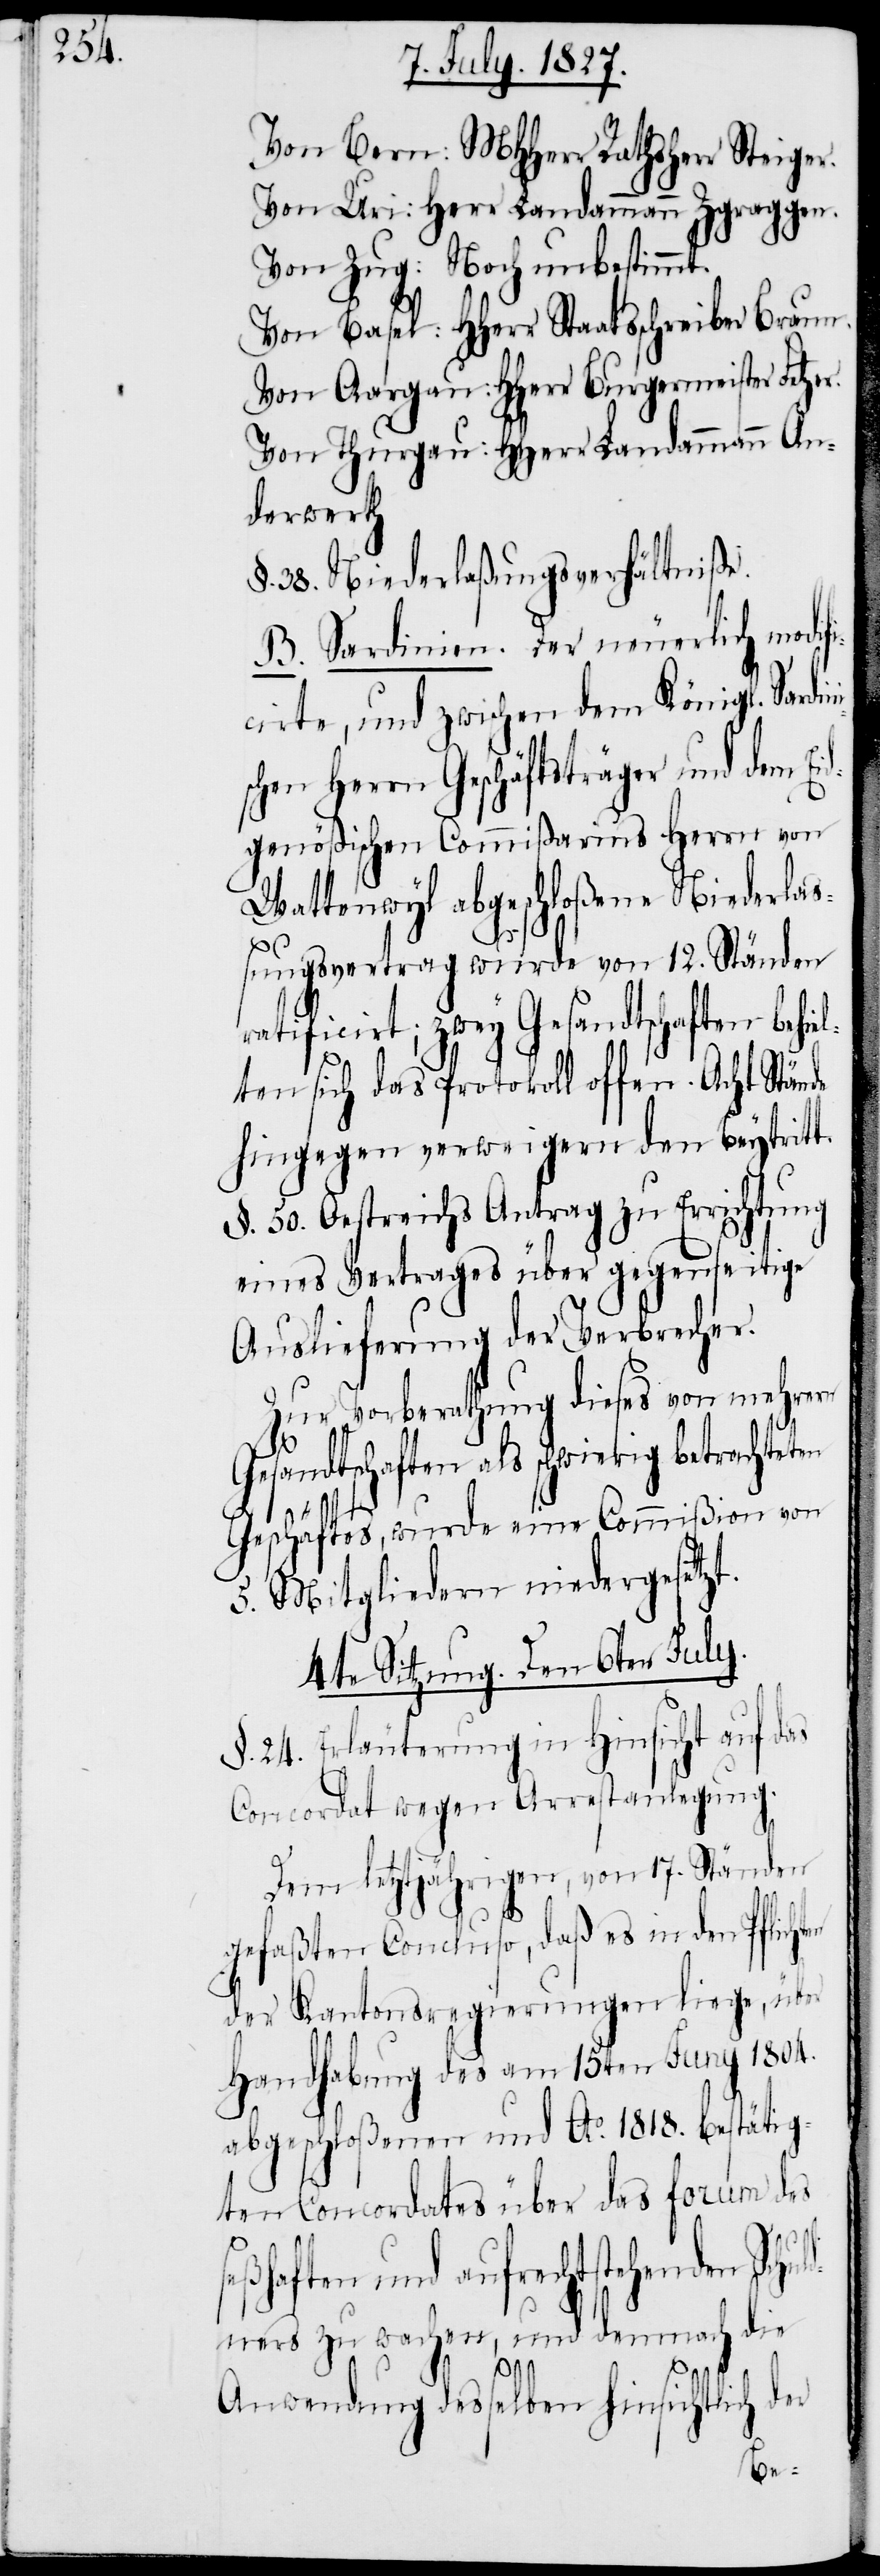
Von Bern: MHHerr Rathsherr Steiger.
Von Uri: Herr Landammann Zgraggen.
Von Zug: Noch unbestimmt.
Von Basel: HHerr Staatsschreiber Braun.
Von Aargau: HHerr Burgermeister Fetze¬
Von Thurgau: HHerr Landammann An¬
derwerth
§. 38. Niederlaßungsverhältniße.
B. Sardinien: Der neuerlich modifi¬
cirte, und zwischen dem Königl. Sardin¬
schen Herrn Geschäftsträger und dem Ei¬
dgenößischen Commißarius Herrn von
Wattenwyl abgeschloßene Niederlaß¬
ungsvertrag wurde von 12. Ständen
ratificirt; zwey Gesandtschaften behie¬
lten sich das Protokoll offen. Acht Stände
hingegen verweigerten den Beytritt.
§. 50. Oestreichs Antrag zu Errichtung
eines Vertrages über gegenseitige
Auslieferung der Verbrecher.
Zur Vorberathung dieses von mehrern
Gesandtschaften als schwierig betrachteten
i¬
Geschäftes, wurde eine Commißion von
5. Mitgliedern niedergesetzt.
4te Sitzung. Den 6ten July.
§. 24. Erläuterung in Hinsicht auf das
Concordat wegen Arrestanlegung.
Dem letztjährigen, von 17. Ständen
gefaßten Concluso, daß es in den Pflichten
der Kantonsregierungen liege, über
Handhabung des am 15ten Juny 1804.
abgeschloßenen und Ao. 1818. bestätig¬
ten Concordates über das forum des
seßhaften und aufrechtstehenden Sch¬
uldners zu wachen, und demnach die
r.
Anwendung desselben hinsichtlich der